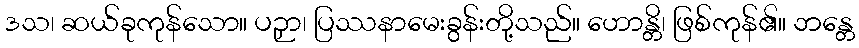
ဒသ၊ ဆယ်ခုကုန်သော။ ပဉှာ၊ ပြဿနာမေးခွန်းတို့သည်။ ဟောန္တိ၊ ဖြစ်ကုန်၏။ ဘန္တေ